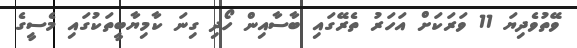
ވޭތުވެދިޔަ 11 ވަރަކަށް އަހަރު ތެރޭގައި ބާސާއިން ހޯދި ގިނަ ކާމިޔާބީތަކުގައި މެސީގެ